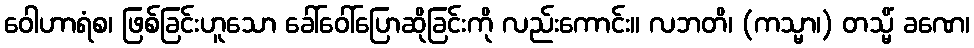
ဝေါဟာရံစ၊ ဖြစ်ခြင်းဟူသော ခေါ်ဝေါ်ပြောဆိုခြင်းကို လည်းကောင်း။ လဘတိ၊ (ကသ္မာ၊) တသ္မိံ ခဏေ၊